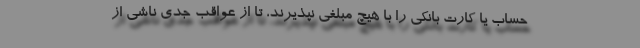
حساب یا کارت بانکی را با هیچ مبلغی نپذیرند، تا از عواقب جدی ناشی از